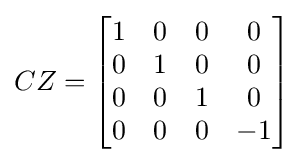
CZ={\begin{bmatrix}1&0&0&0\\0&1&0&0\\0&0&1&0\\0&0&0&-1\end{bmatrix}}